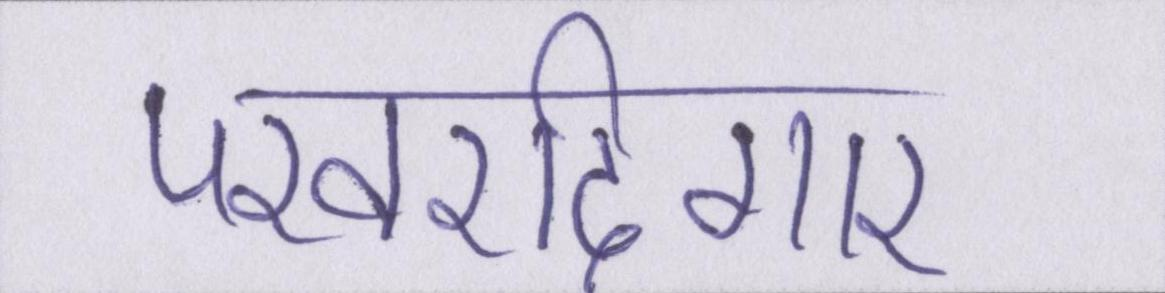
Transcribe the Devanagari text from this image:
परवरदिगार